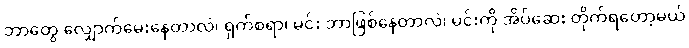
ဘာတွေ လျှောက်မေးနေတာလဲ၊ ရှက်စရာ၊ မင်း ဘာဖြစ်နေတာလဲ၊ မင်းကို အိပ်ဆေး တိုက်ရတော့မယ်